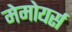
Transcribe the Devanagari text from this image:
मेमोयर्स